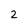
Character: 2